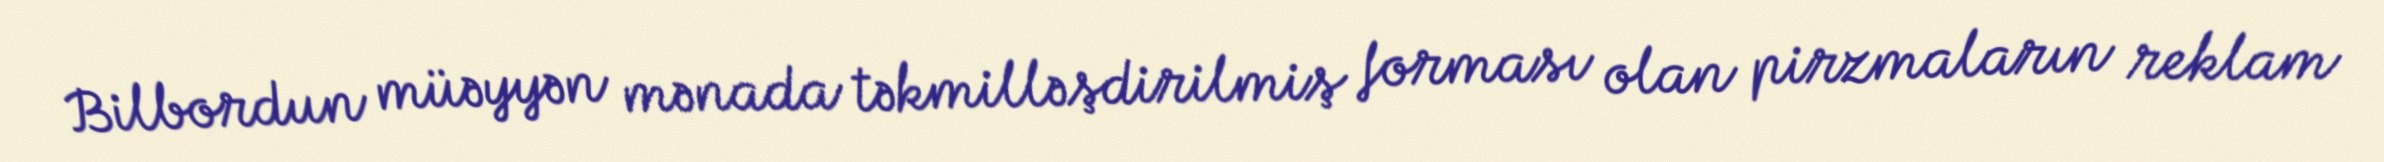
Bilbordun müəyyən mənada təkmilləşdirilmiş forması olan pirzmaların reklam